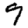
Digit: 9